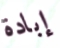
إبادة